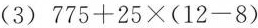
(3)$$775+25\times (12-8)$$